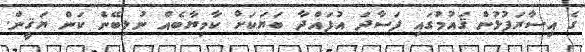
ގެ އިސާރަފުޅުން ޤައުމުގައި ފަސާދަ އުފައްދާ ބަޔަކަށް ކާމިޔާބެއް ނުލިބޭނެ ކަން ޔަޤީން.